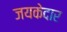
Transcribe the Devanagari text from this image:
जयकेदार